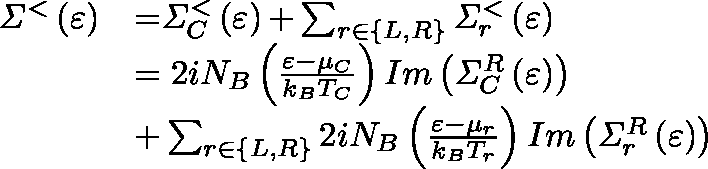
\begin{array} { l l } { { \mathit { \Sigma } } ^ { { < } } \left( \varepsilon \right) } & { { = } { \mathit { \Sigma } } _ { C } ^ { { < } } \left( \varepsilon \right) { + } \sum _ { r { \in } \left\{ L , R \right\} } { { \mathit { \Sigma } } _ { r } ^ { { < } } \left( \varepsilon \right) } } \\ & { { = 2 } i N _ { B } \left( \frac { \varepsilon - \mu _ { C } } { k _ { B } T _ { C } } \right) I m \left( { \mathit { \Sigma } } _ { C } ^ { R } \left( \varepsilon \right) \right) } \\ & { { + } \sum _ { r { \in } \left\{ L , R \right\} } { { 2 } i N _ { B } \left( \frac { \varepsilon { - } { \mu } _ { r } } { k _ { B } T _ { r } } \right) I m \left( { \mathit { \Sigma } } _ { r } ^ { R } \left( \varepsilon \right) \right) } } \end{array}